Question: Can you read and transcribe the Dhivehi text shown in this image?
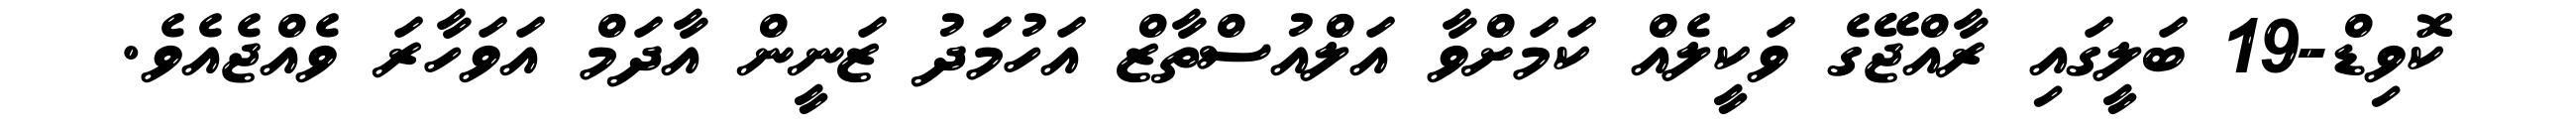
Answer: ކޮވިޑް-19 ބަލީގައި ރާއްޖޭގެ ވަކީލެއް ކަމަށްވާ އަލްއުސްތާޒް އަހުމަދު ޒަނީން އާދަމް އަވަހާރަ ވެއްޖެއެވެ.